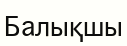
Балықшы